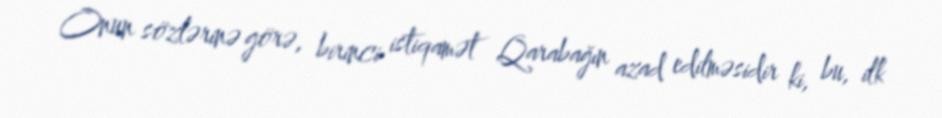
Onun sözlərinə görə, birinci istiqamət Qarabağın azad edilməsidir ki, bu, ilk